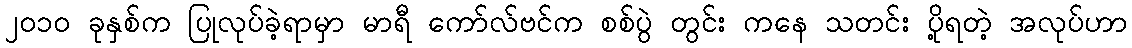
၂၀၁၀ ခုနှစ်က ပြုလုပ်ခဲ့ရာမှာ မာရီ ကော်လ်ဗင်က စစ်ပွဲ တွင်း ကနေ သတင်း ပို့ရတဲ့ အလုပ်ဟာ